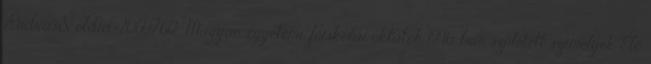
András&oldid=20607612” Magyar egyetemi, főiskolai oktatók 1946-ban született személyek Élő